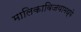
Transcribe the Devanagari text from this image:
मालिकाविजयामध्ये